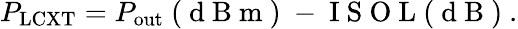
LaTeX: P_{\mathrm{LCXT}}=P_{\mathrm{out}}\mathrm{~(~d~B~m~)~}-\mathrm{~I~S~O~L~(~d~B~)~}.